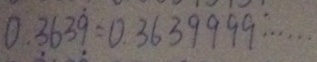
0 . 3 6 3 \dot { 9 } = 0 . 3 6 3 9 9 9 9 \cdots